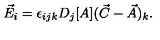
\vec { E } _ { i } = \epsilon _ { i j k } D _ { j } [ A ] ( \vec { C } - \vec { A } ) _ { k } .